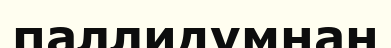
паллидумнан